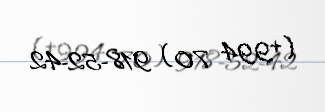
(+994 70) 918-52-42